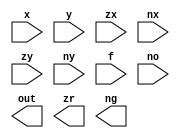
/**
 * The ALU (Arithmetic Logic Unit).
 * Computes one of the following functions:
 * x+y, x-y, y-x, 0, 1, -1, x, y, -x, -y, !x, !y,
 * x+1, y+1, x-1, y-1, x&y, x|y on two 16-bit inputs, 
 * according to 6 input bits denoted zx,nx,zy,ny,f,no.
 * In addition, the ALU computes two 1-bit outputs:
 * if the ALU output == 0, zr is set to 1; otherwise zr is set to 0;
 * if the ALU output < 0, ng is set to 1; otherwise ng is set to 0.
 */

// Implementation: the ALU logic manipulates the x and y inputs
// and operates on the resulting values, as follows:
// if (zx == 1) set x = 0        // 16-bit constant
// if (nx == 1) set x = !x       // bitwise not
// if (zy == 1) set y = 0        // 16-bit constant
// if (ny == 1) set y = !y       // bitwise not
// if (f == 1)  set out = x + y  // integer 2's complement addition
// if (f == 0)  set out = x & y  // bitwise and
// if (no == 1) set out = !out   // bitwise not
// if (out == 0) set zr = 1
// if (out < 0) set ng = 1


module ALU(input[15:0] x, y, input zx,nx,zy,ny,f,no, output[15:0] out, output zr, ng);
  wire[15:0] x1, notx1, x2, y1, noty1, y2, andxy, addxy, o1, noto1, o2;
  wire notzr;
  // your code here, use Mux16,Not16,Add16,And16,Or16Way,IsNeg to implement
  // if (zx == 1) set x = 0  

  // if (nx == 1) set x = !x


  // if (zy == 1) set y = 0

  // if (ny == 1) set y = !y


  // addxy = x + y

  // andxy = x & y

  // if (f == 1)  set out = x + y else set out = x & y

  // if (no == 1) set out = !out



  // zr


  // ng

  
endmodule